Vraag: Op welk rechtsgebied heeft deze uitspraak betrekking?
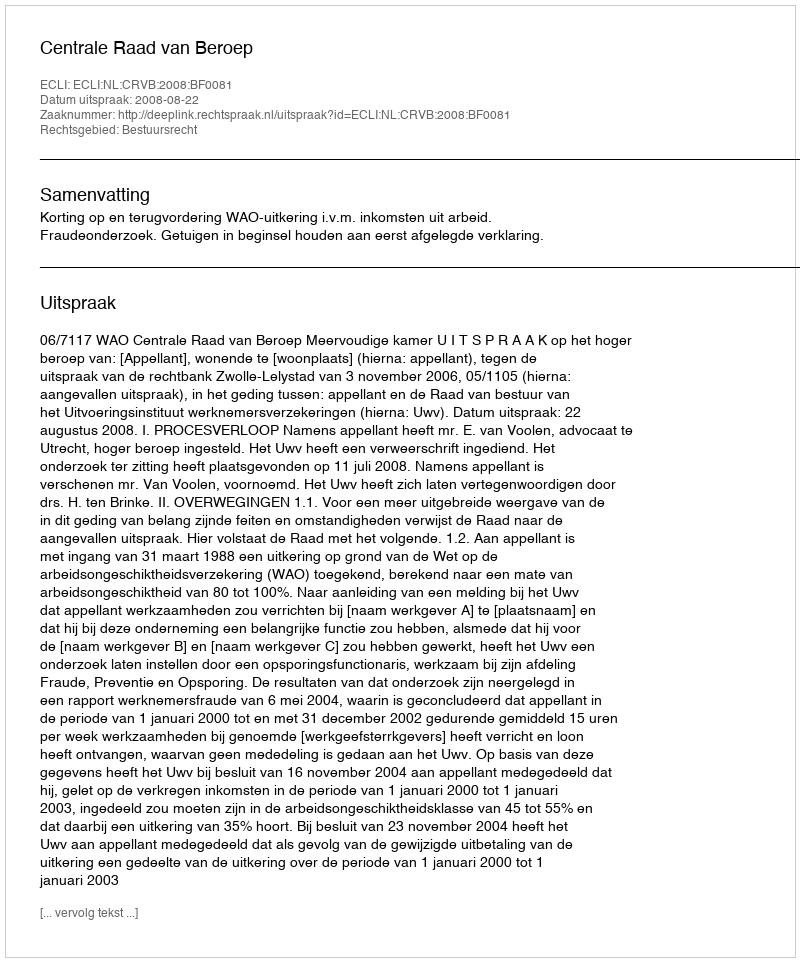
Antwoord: Bestuursrecht